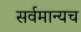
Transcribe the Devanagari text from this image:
सर्वमान्यच